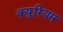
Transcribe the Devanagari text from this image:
क्युरियम